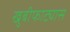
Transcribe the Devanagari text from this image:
खुबीफाट्यास